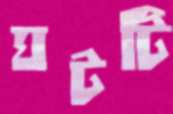
ঘটটি